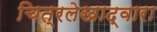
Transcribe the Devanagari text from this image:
चित्रलेखाद्वारा